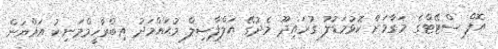
އޮފް ސްޓޭޓްގެ މަގާމަށް ކޮޅުމަޑުލު ގުރައިދޫ މެދުގޭ އަލްފާޟިލް މުޙައްމަދު އިބްރާހީމްމަނިކު އައްޔަން